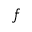
f